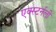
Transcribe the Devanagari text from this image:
एक्स्टर्नली